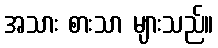
အသား စားသာ များသည်။